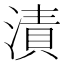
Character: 漬